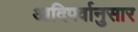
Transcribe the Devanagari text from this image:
आदिपर्वानुसार